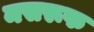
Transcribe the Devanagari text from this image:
मसरूफ